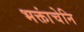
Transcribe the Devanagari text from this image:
भक्तांचेनि